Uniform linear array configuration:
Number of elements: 4
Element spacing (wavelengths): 0.5
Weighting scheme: hann
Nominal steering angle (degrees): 60
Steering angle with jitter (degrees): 61.987
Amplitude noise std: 0.05
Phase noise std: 0.05

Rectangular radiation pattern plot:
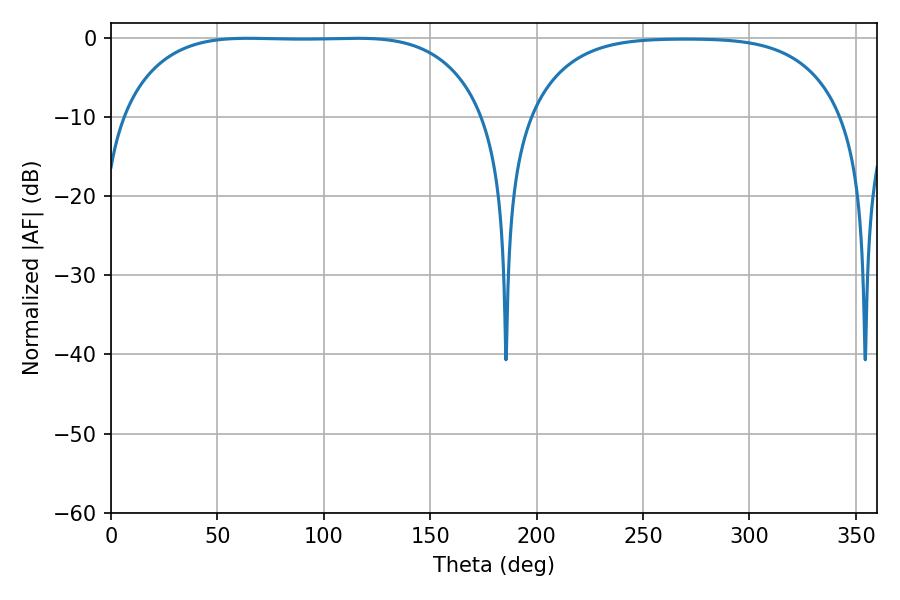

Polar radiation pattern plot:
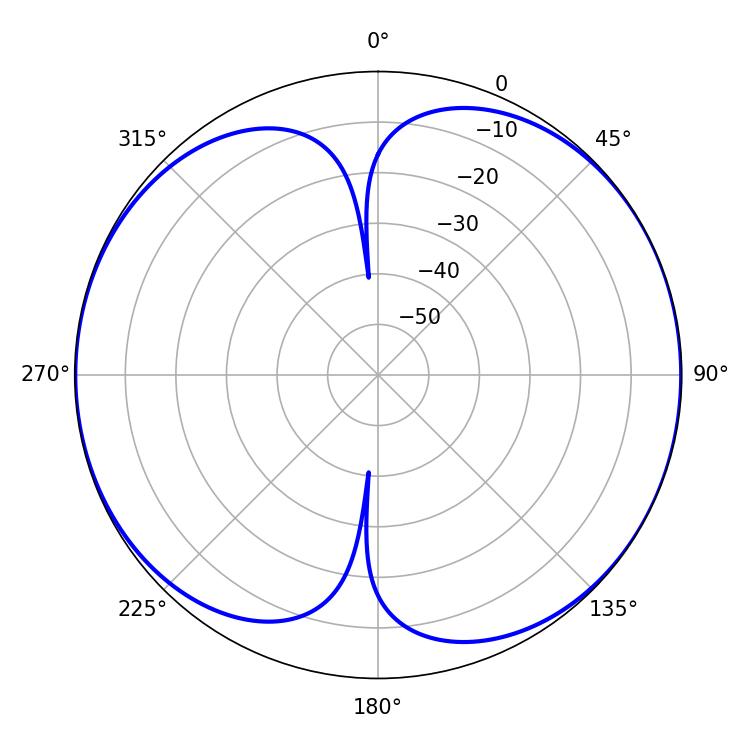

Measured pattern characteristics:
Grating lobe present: FALSE
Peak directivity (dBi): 8.696
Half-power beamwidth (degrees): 132.48
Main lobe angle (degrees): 64.44